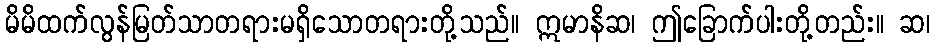
မိမိထက်လွန်မြတ်သာတရားမရှိသောတရားတို့သည်။ ဣမာနိဆ၊ ဤခြောက်ပါးတို့တည်း။ ဆ၊